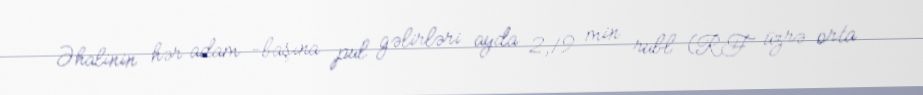
Əhalinin hər adam -başına pul gəlirləri ayda 2,19 min rubl (RF üzrə orta